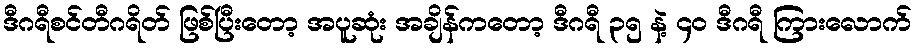
ဒီဂရီစင်တီဂရိတ် ဖြစ်ပြီးတော့ အပူဆုံး အချိန်ကတော့ ဒီဂရီ ၃၅ နဲ့ ၄၀ ဒီဂရီ ကြားလောက်